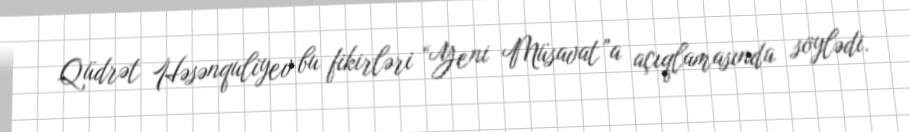
Qüdrət Həsənquliyev bu fikirləri “Yeni Müsavat”a açıqlamasında söylədi.